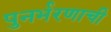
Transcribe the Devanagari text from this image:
पुनर्भरणाची